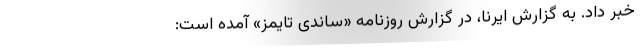
خبر داد. به گزارش ایرنا، در گزارش روزنامه «ساندی تایمز» آمده است: